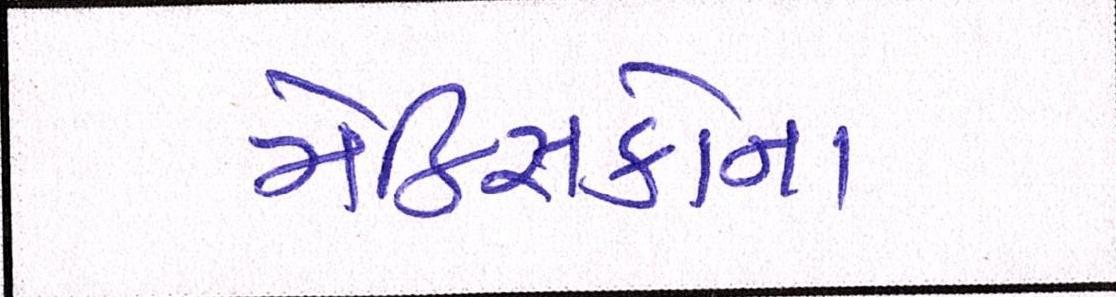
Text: મેક્સિકોના